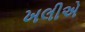
ખલીએ